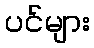
ပင်များ